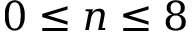
0 \leq n \leq 8